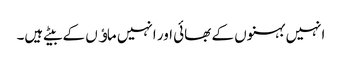
انہیں بہنوں کے بھائی اور انہیں ماﺅں کے بیٹے ہیں۔